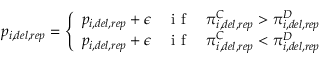
p _ { i , d e l , r e p } = \left\{ \begin{array} { l l } { p _ { i , d e l , r e p } + \epsilon } & { \mathrm { ~ i ~ f ~ } \quad \pi _ { i , d e l , r e p } ^ { C } > \pi _ { i , d e l , r e p } ^ { D } } \\ { p _ { i , d e l , r e p } + \epsilon } & { \mathrm { ~ i ~ f ~ } \quad \pi _ { i , d e l , r e p } ^ { C } < \pi _ { i , d e l , r e p } ^ { D } } \end{array} \right.